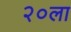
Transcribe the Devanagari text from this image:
२०ला